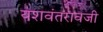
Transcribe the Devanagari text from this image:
यशवंतरावजी